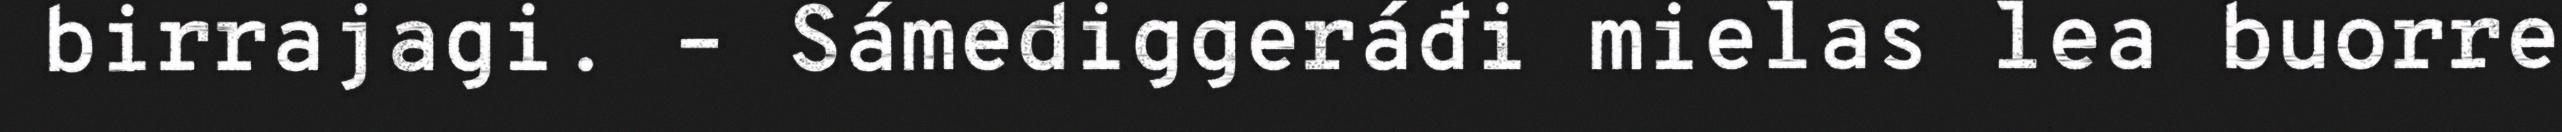
birrajagi. – Sámediggeráđi mielas lea buorre